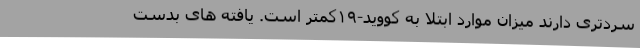
سردتری دارند میزان موارد ابتلا به کووید-۱۹کمتر است. یافته های بدست